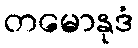
တမောနုဒံ